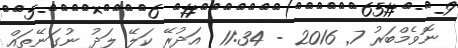
ނޮވެމްބަރު 7